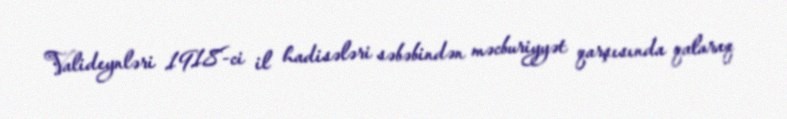
Valideynləri 1918-ci il hadisələri səbəbindən məcburiyyət qarşısında qalaraq